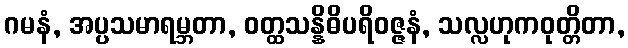
ဂမနံ, အပ္ပသမာရမ္ဘတာ, ဝတ္ထသန္နိဓိပရိဝဇ္ဇနံ, သလ္လဟုကဝုတ္တိတာ,